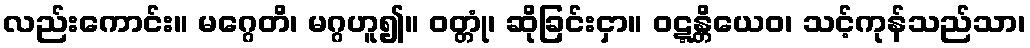
လည်းကောင်း။ မဂ္ဂေတိ၊ မဂ္ဂဟူ၍။ ဝတ္တုံ၊ ဆိုခြင်းငှာ။ ဝဋ္ဋန္တိယေဝ၊ သင့်ကုန်သည်သာ၊